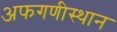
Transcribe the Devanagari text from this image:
अफगणीस्थान